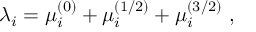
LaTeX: \lambda _ { i } = \mu _ { i } ^ { ( 0 ) } + \mu _ { i } ^ { ( 1 / 2 ) } + \mu _ { i } ^ { ( 3 / 2 ) } \ ,